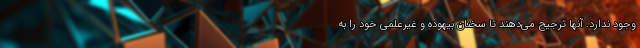
وجود ندارد. آنها ترجیح می‌دهند تا سخنان بیهوده و غیرعلمی خود را به